Civil Veterinary Dept. Bombay admin report 1932-41 - 1932-1941
Year: 1932
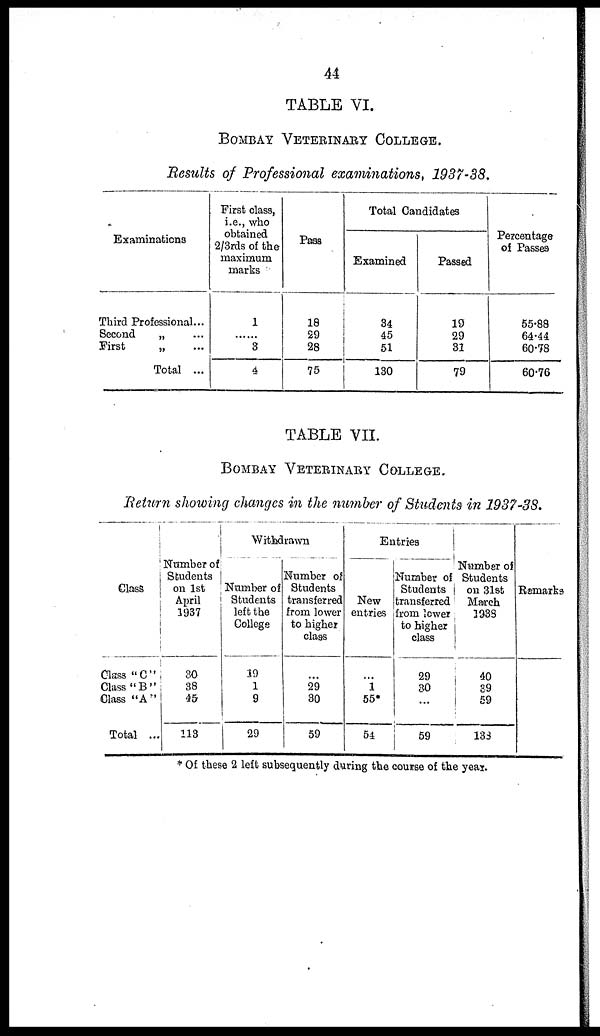
44
TABLE VI.
BOMBAY VETERINARY COLLEGE.
Results of Professional examinations, 1937-38.
Examinations
Third Professional...
Second
„ ...
First
„ ...
Total ...
First class,
i.e., who
obtained
2/3rds of the
maximum
marks
1
......
3
4
Pass
18
29
28
75
Total Candidates
Examined
34
45
51
130
Passed
10
29
31
79
Percentage
of Passes
55.88
64.44
60.78
60.76
TABLE VII.
BOMBAY VETERINARY COLLEGE.
Return showing changes in the number of Students in 1937-38.
Class
Class "C"
Class "B"
Class "A"
Total ...
Number of
Students
on 1st
April
1937
30
38
45
113
Withdrawn
Number of
Students
left the
College
19
1
9
29
Number of
Students
transferred
from lower
to higher
class
...
29
30
59
Entries
New
entries
...
1
55*
54
Number of
Students
transferred
from lower
to higher
class
29
30
...
59
Number of
Students
on 31st
March
1933
40
39
59
133
Remarks
* Of these 2 left subsequently during the course of the year.